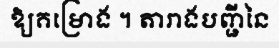
ឱ្យគម្រោង ។ តារាងបញ្ជីនៃ